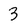
Character: 3